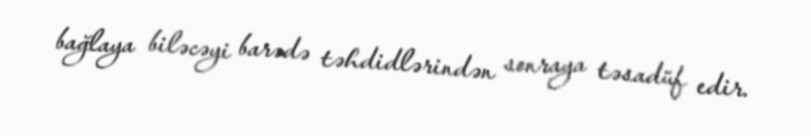
bağlaya biləcəyi barədə təhdidlərindən sonraya təsadüf edir.